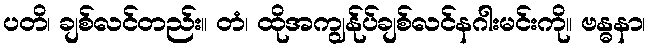
ပတိ၊ ချစ်လင်တည်း။ တံ၊ ထိုအကျွန်ုပ်ချစ်လင်နဂါးမင်းကို။ ဗန္ဓနာ၊